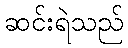
ဆင်းရဲသည်